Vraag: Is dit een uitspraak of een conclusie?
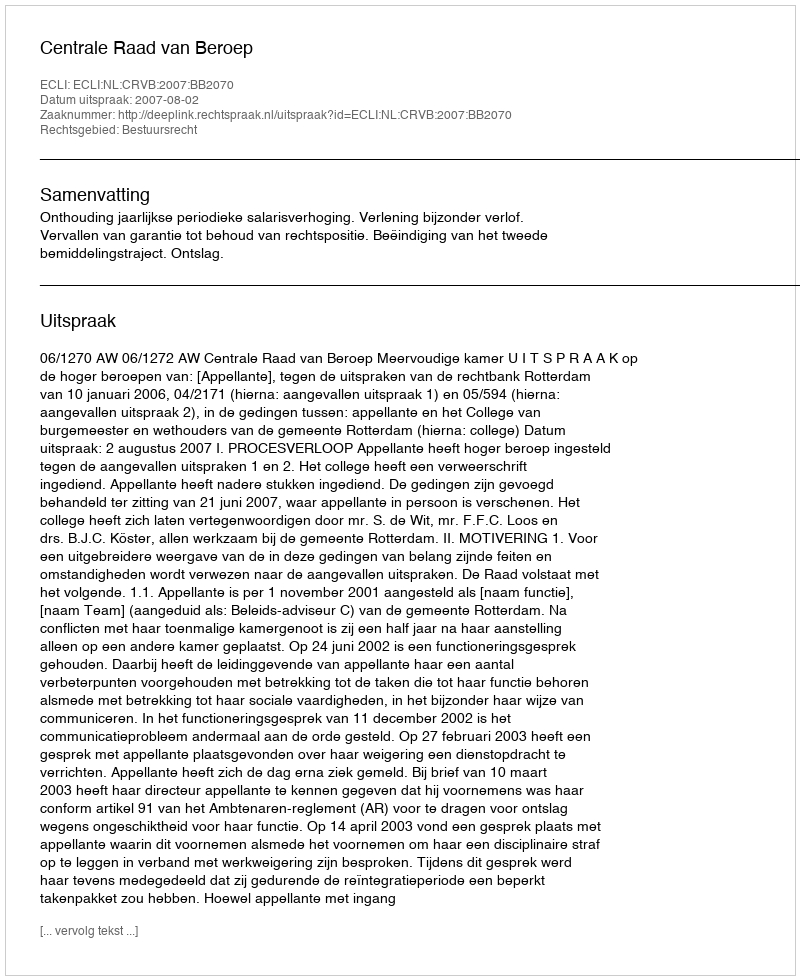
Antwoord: Uitspraak